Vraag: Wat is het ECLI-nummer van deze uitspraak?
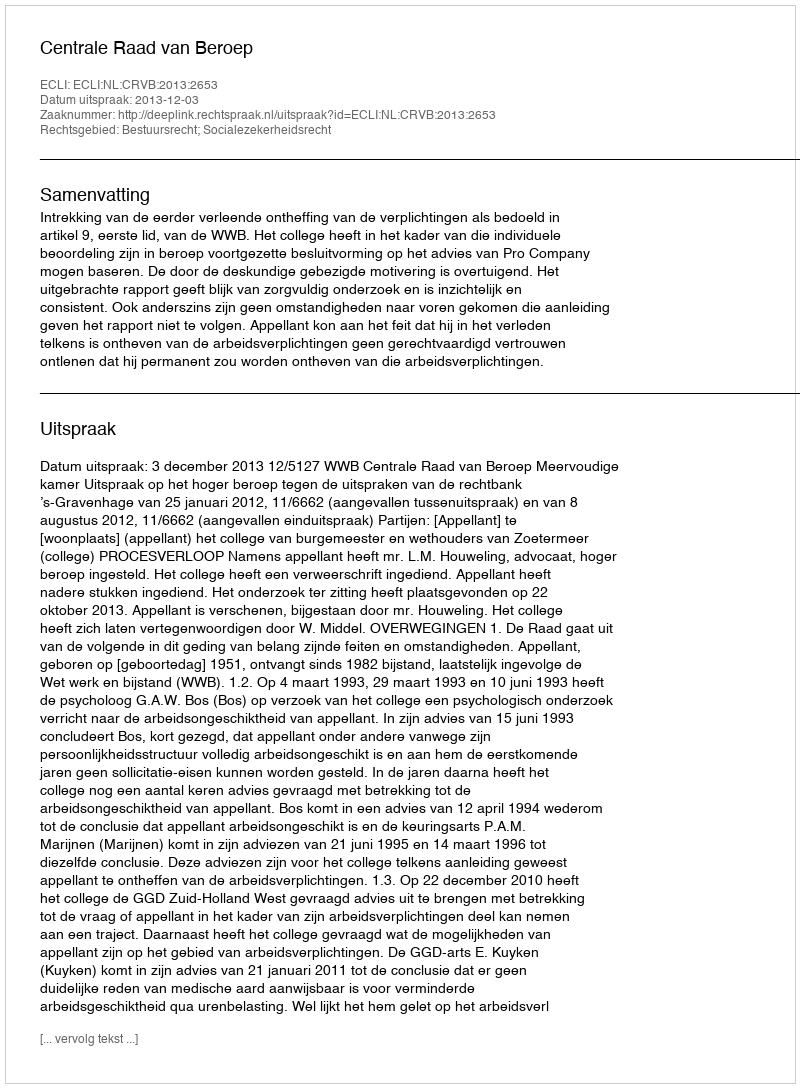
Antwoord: ECLI:NL:CRVB:2013:2653